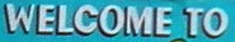
WELCOME TO